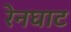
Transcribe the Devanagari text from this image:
रेनघाट